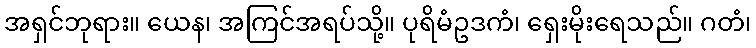
အရှင်ဘုရား။ ယေန၊ အကြင်အရပ်သို့။ ပုရိမံဥဒကံ၊ ရှေးမိုးရေသည်။ ဂတံ၊